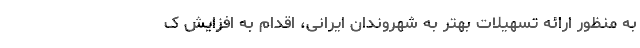
به منظور ارائه تسهیلات بهتر به شهروندان ایرانی، اقدام به افزایش ک